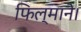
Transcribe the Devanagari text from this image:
फिल्माने।